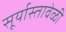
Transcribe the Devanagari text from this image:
सूर्यास्तावेळी